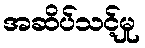
အဆိပ်သင့်မှု